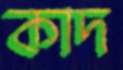
কাদ